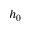
h _ { 0 }